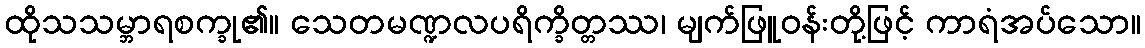
ထိုသသမ္ဘာရစက္ခု၏။ သေတမဏ္ဍလပရိက္ခိတ္တဿ၊ မျက်ဖြူဝန်းတို့ဖြင့် ကာရံအပ်သော။